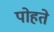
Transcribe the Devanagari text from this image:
पोहते